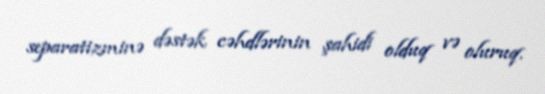
separatizminə dəstək cəhdlərinin şahidi olduq və oluruq.